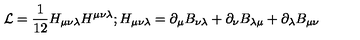
{ \cal L } = \frac { 1 } { 1 2 } H _ { \mu \nu \lambda } H ^ { \mu \nu \lambda } ; H _ { \mu \nu \lambda } = \partial _ { \mu } B _ { \nu \lambda } + \partial _ { \nu } B _ { \lambda \mu } + \partial _ { \lambda } B _ { \mu \nu }